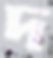
দ